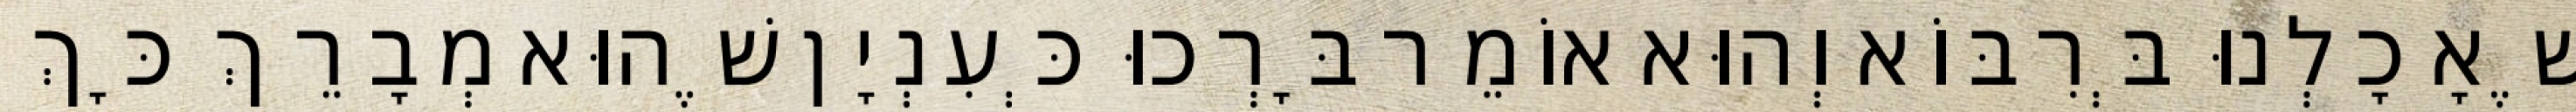
שֶׁאָכָלְנוּ בְּרִבּוֹא וְהוּא אוֹמֵר בָּרְכוּ כְּעִנְיָן שֶׁהוּא מְבָרֵךְ כָּךְ